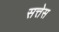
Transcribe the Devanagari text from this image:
सत्तेस